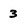
Character: 3